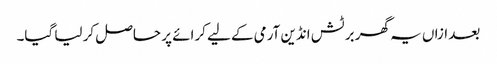
بعد ازاں یہ گھر برٹش انڈین آرمی کے لیے کرائے پر حاصل کر لیا گیا۔